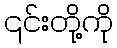
၎င်းတို့ကို